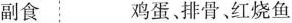
副食鸡蛋、排骨、红烧鱼